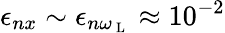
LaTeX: \epsilon_{nx}\sim\epsilon_{n\omega_{\mathrm{~L~}}}\approx 10^{-2}